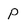
Character: P